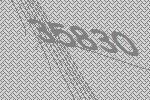
35830